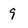
Character: q